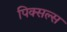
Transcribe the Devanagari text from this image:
पिक्सल्स